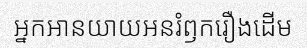
អ្នកអានយាយអនរំឭករឿងដើម